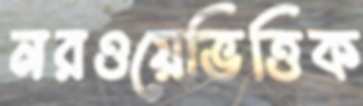
নরওয়েভিত্তিক